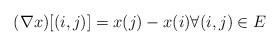
LaTeX: \begin{align*}(\nabla x)[(i,j)]=x(j)-x(i)\forall(i,j)\in E\end{align*}